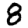
Digit: 8